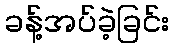
ခန့်အပ်ခဲ့ခြင်း